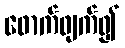
ဖောက်ဖျက်၍